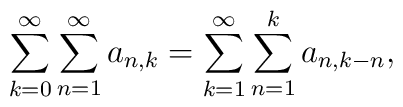
\sum_{k=0}^\infty\sum_{n=1}^\infty a_{n,k}=\sum_{k=1}^\infty\sum_{n=1}^ka_{n,k-n},